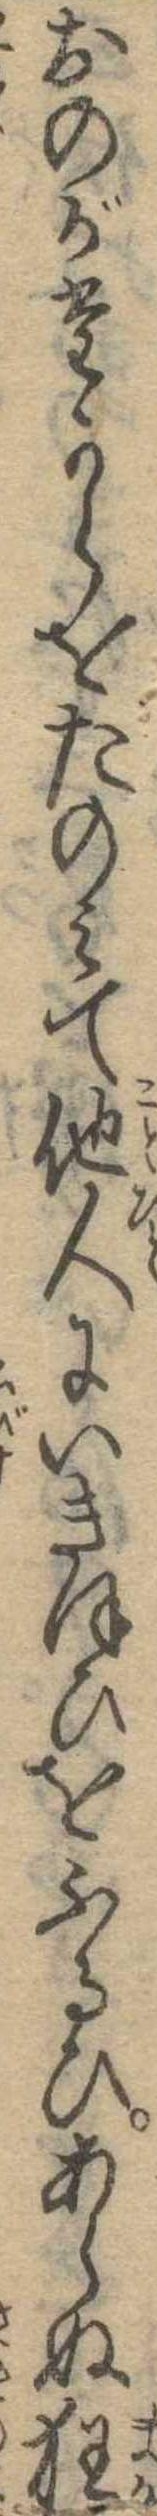
おのがたからをたのみて他人にいきほひをふるひあらぬ狂